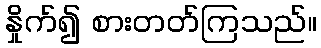
နှိုက်၍ စားတတ်ကြသည်။